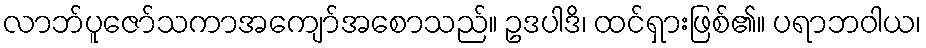
လာဘ်ပူဇော်သကာအကျော်အစောသည်။ ဥဒပါဒိ၊ ထင်ရှားဖြစ်၏။ ပရာဘဝါယ၊